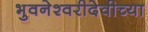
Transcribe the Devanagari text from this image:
भुवनेश्वरीदेवीच्या